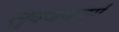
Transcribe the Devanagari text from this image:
लुक्जमवर्ग